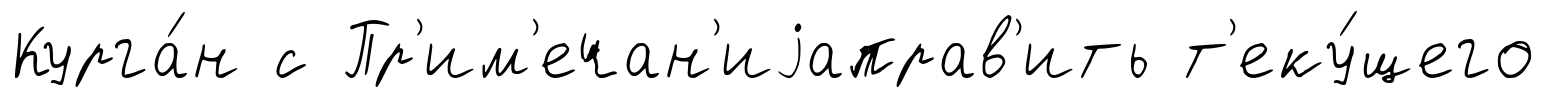
Курга́н с Пр'им'ечан'иjаправ'ить т'еку́щего